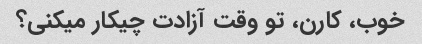
خوب، کارن، تو وقت آزادت چیکار میکنی؟